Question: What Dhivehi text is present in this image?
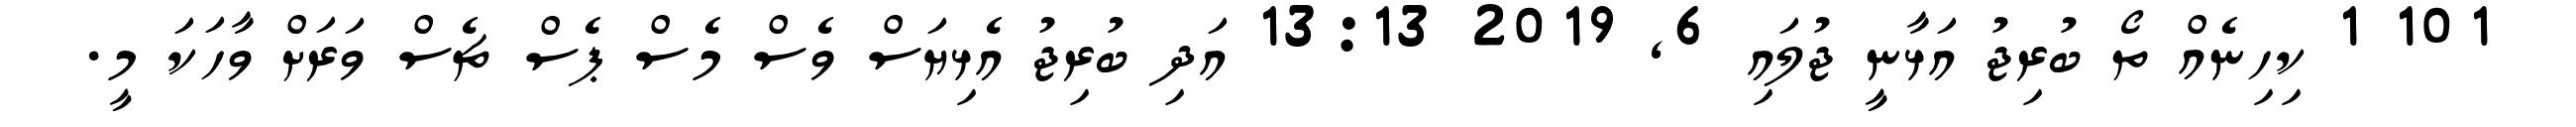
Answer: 101 1 ކިހިނެއް ތޯ ބުރިޖު އަޅާނީ ޖުލައި 6, 2019 13:13 އަދި ބުރިޖު އެޅިޔަސް ވެސް މެސް ޕެސް ޗެސް ވަރަށް ވާހަކަ މީ.